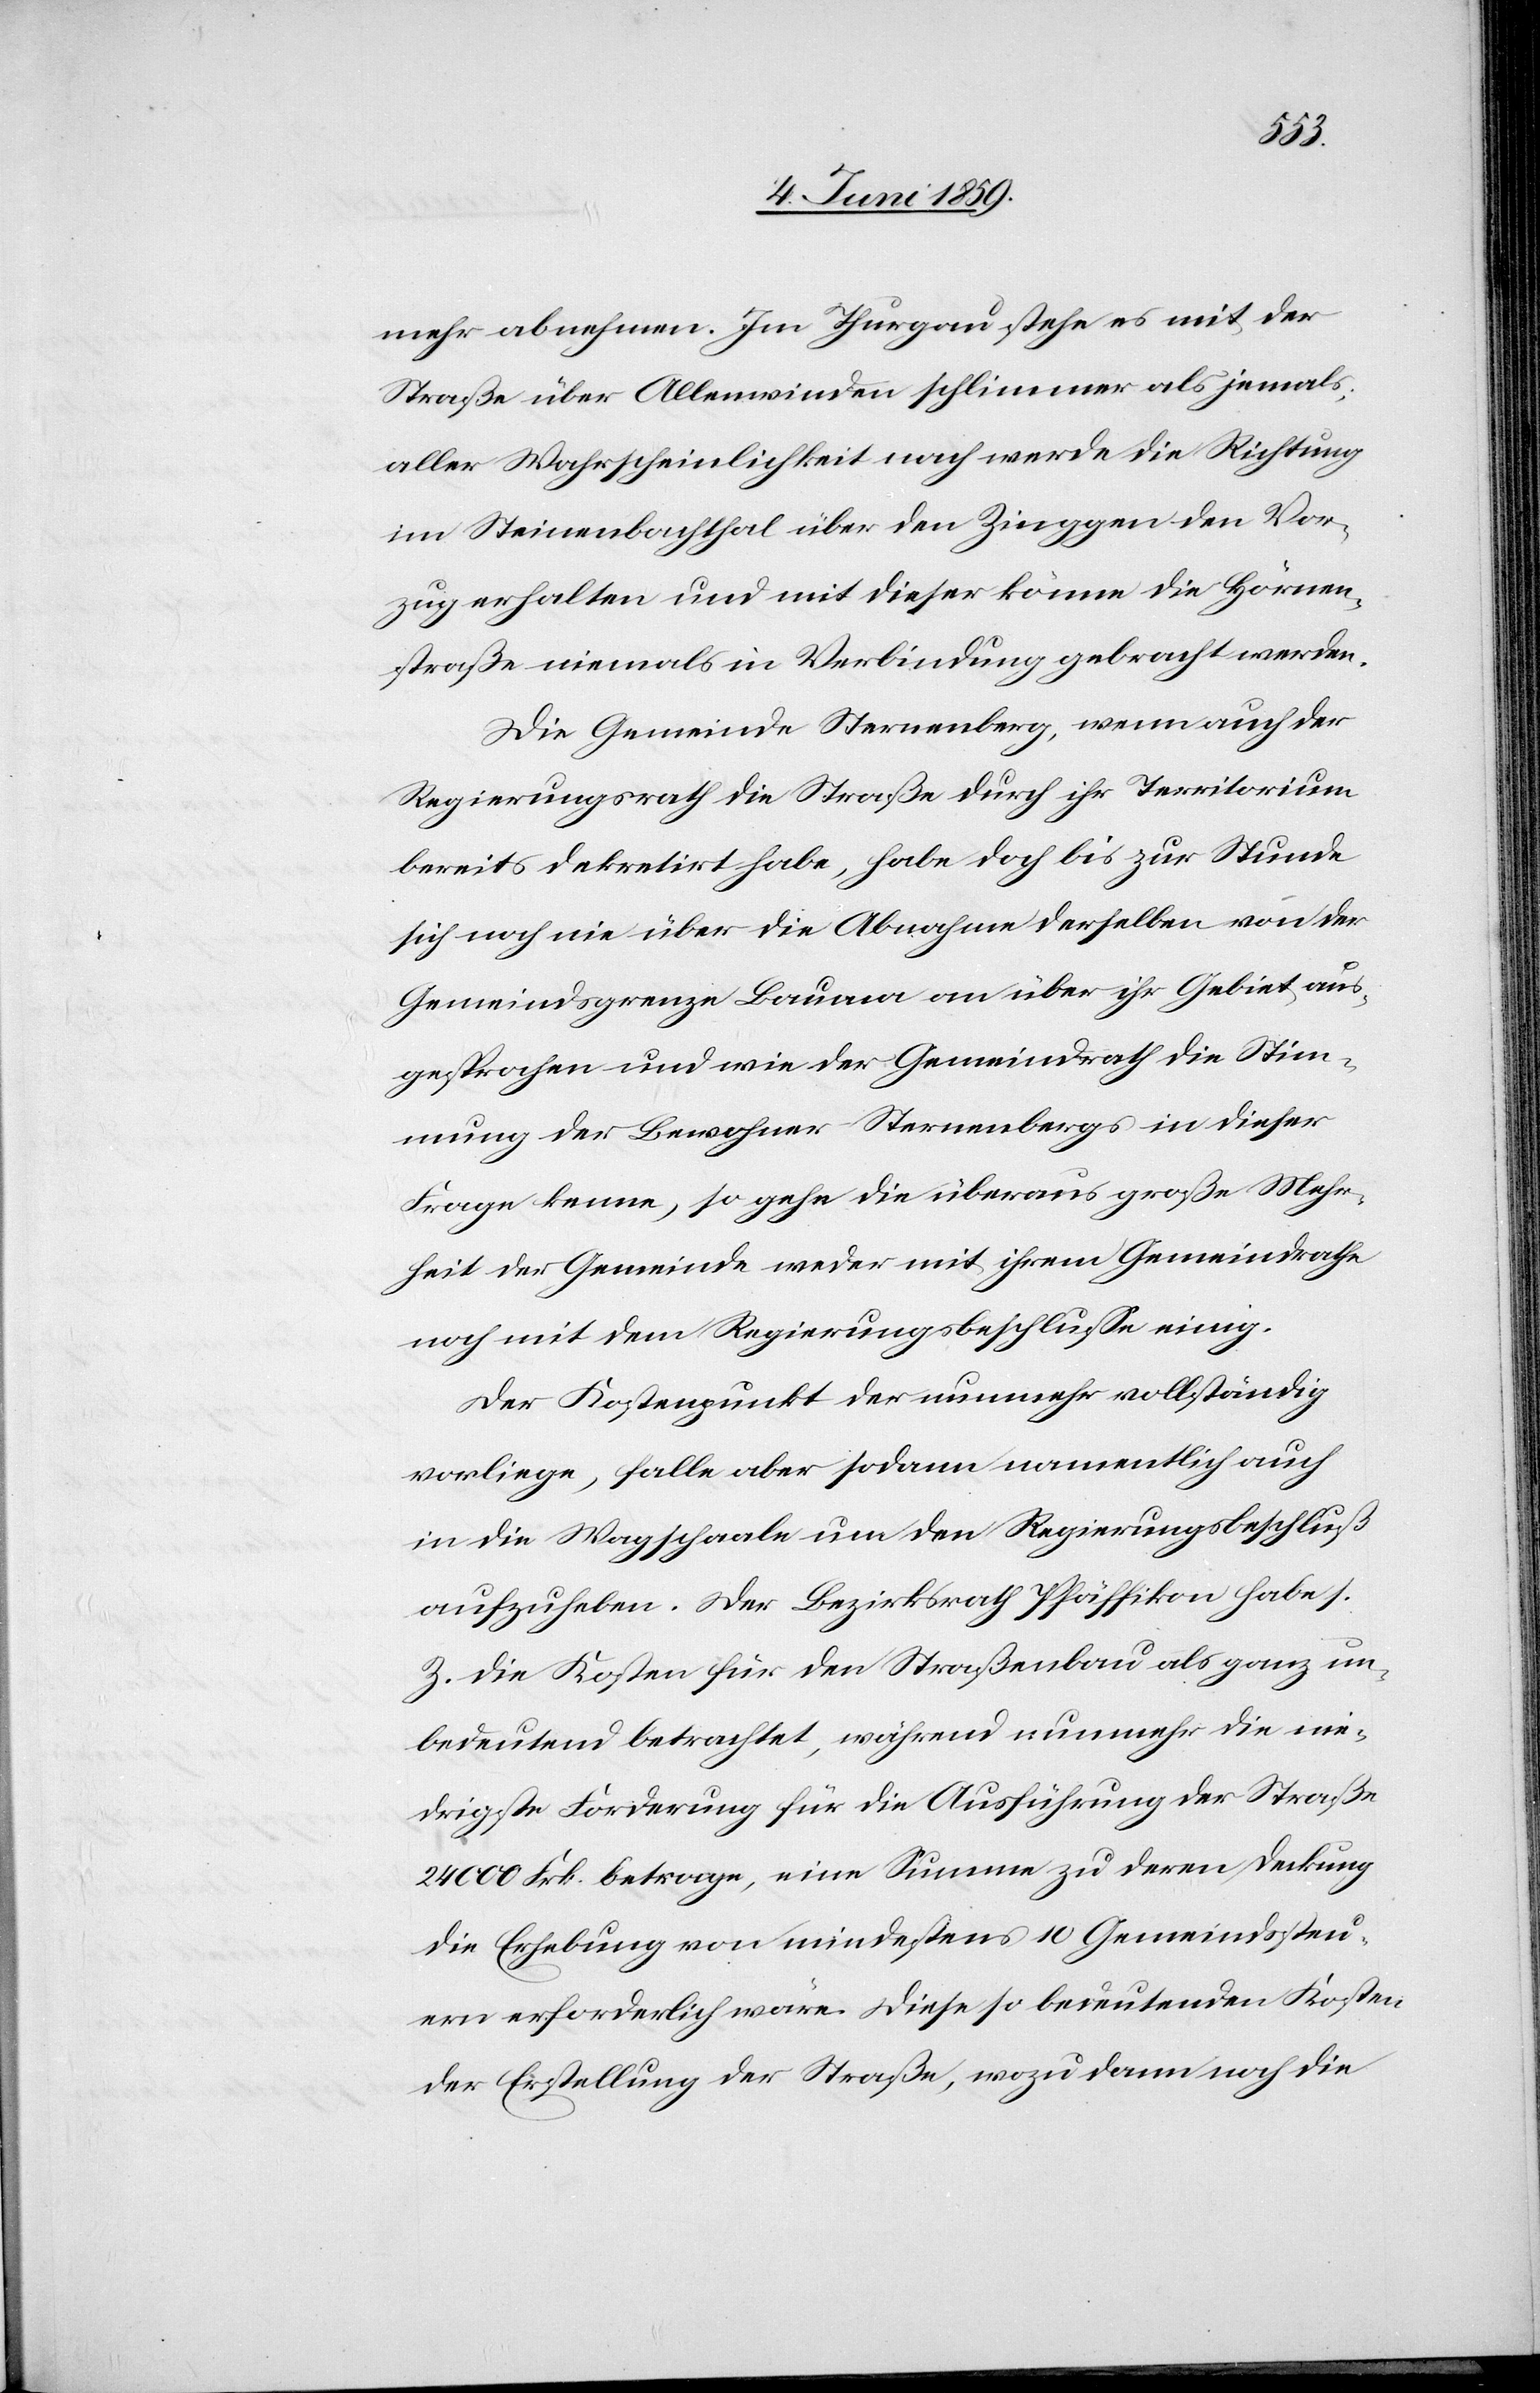
mehr abnehmen. Im Thurgau stehe es mit der
Straße über Allenwinden schlimmer als jemals;
aller Wahrscheinlichkeit nach werde die Richtung
im Steinenbachthal über den Zinggen den Vor¬
zug erhalten und mit dieser könne die Hörnen¬
straße niemals in Verbindung gebracht werden.
Die Gemeinde Sternenberg, wenn auch der
Regierungsrath die Straße durch ihr Territorium
bereits dekretirt habe, habe doch bis zur Stunde
sich noch nie über die Abnahme derselben von der
Gemeindsgrenze Bauma an über ihr Gebiet aus¬
gesprochen und wie der Gemeindrath die Stim¬
mung der Bewohner Sternenbergs in dieser
Frage kenne, so gehe die überaus große Mehr¬
heit der Gemeinde weder mit ihrem Gemeinderath
noch mit dem Regierungsbeschlusse einig.
Der Kostenpunkt der nunmehr vollständig
vorliege, falle aber sodann namentlich auch
in die Wagschaale um den Regierungsbeschluß
aufzuheben. Der Bezirksrath Pfäffikon habe s.
Z. die Kosten für den Straßenbau als ganz un¬
bedeutend betrachtet, während nunmehr die nie¬
drigste Forderung für die Ausführung der Straße
24 000 Frk. betrage, eine Summe zu deren Deckung
die Erhebung von mindestens 10 Gemeindssteu¬
ern erforderlich wäre. Diese so bedeutenden Kosten
der Erstellung der Straße, wozu dann noch die